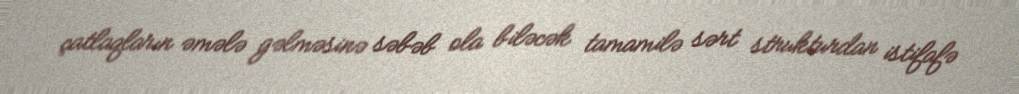
çatlaqların əmələ gəlməsinə səbəb ola biləcək tamamilə sərt strukturdan istifafə